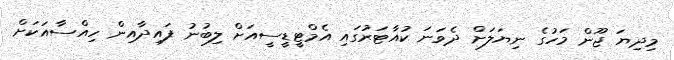
މިދިޔަ ޖޫން މަހުގެ ނިޔަލަށް ދެވަނަ ކުއާޓަރުގައި އެމްޓީޑީސީއަށް ލިބުނު ފައިދާއިން ހިއްސާއަކަށް